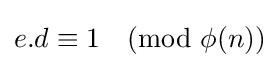
e.d\equiv 1{\pmod {\phi (n)}}